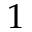
1